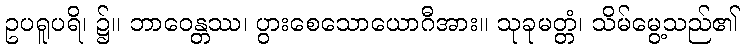
ဥပရူပရိ၊ ၌။ ဘာဝေန္တဿ၊ ပွားစေသောယောဂီအား။ သုခုမတ္တံ၊ သိမ်မွေ့သည်၏